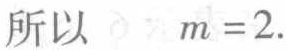
所以 \(m = 2\).